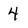
Character: 4